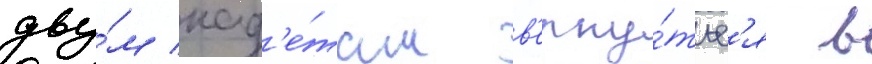
дву́м кад'е́там в'ерну́тьс'я в